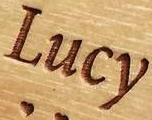
Lucy